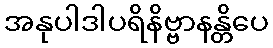
အနုပါဒါပရိနိဗ္ဗာနန္တိပေ